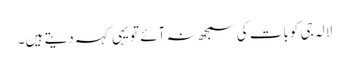
لالہ جی کوبات کی سمجھ نہ آئے تو یہی کہہ دیتے ہیں۔